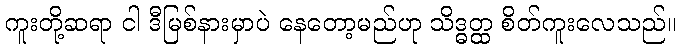
ကူးတို့ဆရာ ငါ ဒီမြစ်နားမှာပဲ နေတော့မည်ဟု သိဒ္ဓတ္ထ စိတ်ကူးလေသည်။